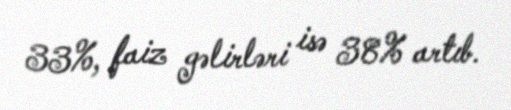
33%, faiz gəlirləri isə 38% artıb.